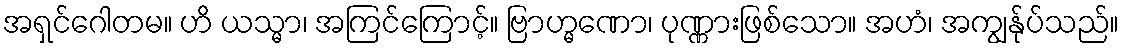
အရှင်ဂေါတမ။ ဟိ ယသ္မာ၊ အကြင်ကြောင့်။ ဗြာဟ္မဏော၊ ပုဏ္ဏားဖြစ်သော။ အဟံ၊ အကျွန်ုပ်သည်။